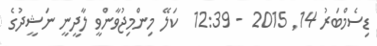
ޑިސެމްބަރު 14